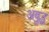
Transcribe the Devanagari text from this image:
अबुद्ध